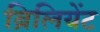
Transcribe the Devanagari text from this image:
ब्रिलियेंट